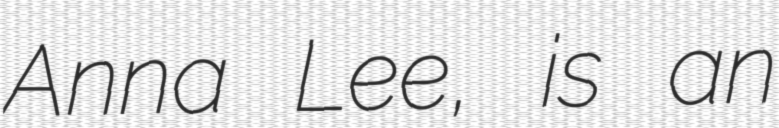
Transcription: Anna Lee, is an